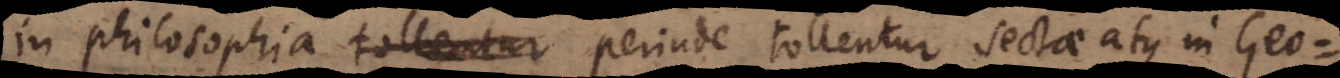
in philosophia perinde tollentur sectae atque in Geo